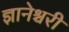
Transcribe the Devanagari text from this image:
ज्ञानेश्चरी